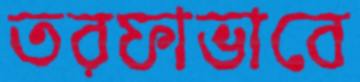
তরফাভাবে